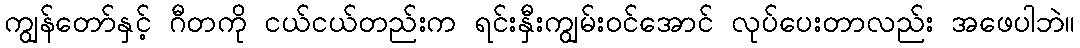
ကျွန်တော်နှင့် ဂီတကို ငယ်ငယ်တည်းက ရင်းနှီးကျွမ်းဝင်အောင် လုပ်ပေးတာလည်း အဖေပါဘဲ။